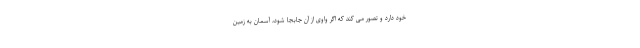
خود دارد و تصور می کند که اگر واوی از آن جابجا شود، آسمان به زمین